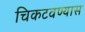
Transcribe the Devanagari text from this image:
चिकटवण्यास